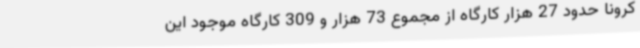
کرونا حدود 27 هزار کارگاه از مجموع 73 هزار و 309 کارگاه موجود این